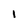
Character: I